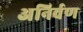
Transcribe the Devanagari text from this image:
अनिर्वण